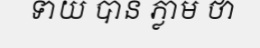
ទាយ បាន ភ្លាម ថា